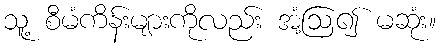
သူ့ စီမံကိန်းများကိုလည်း အံ့ဩ၍ မဆုံး။